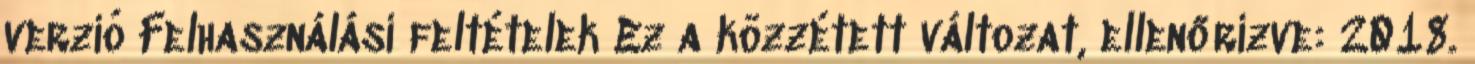
verzió Felhasználási feltételek Ez a közzétett változat, ellenőrizve: 2018.